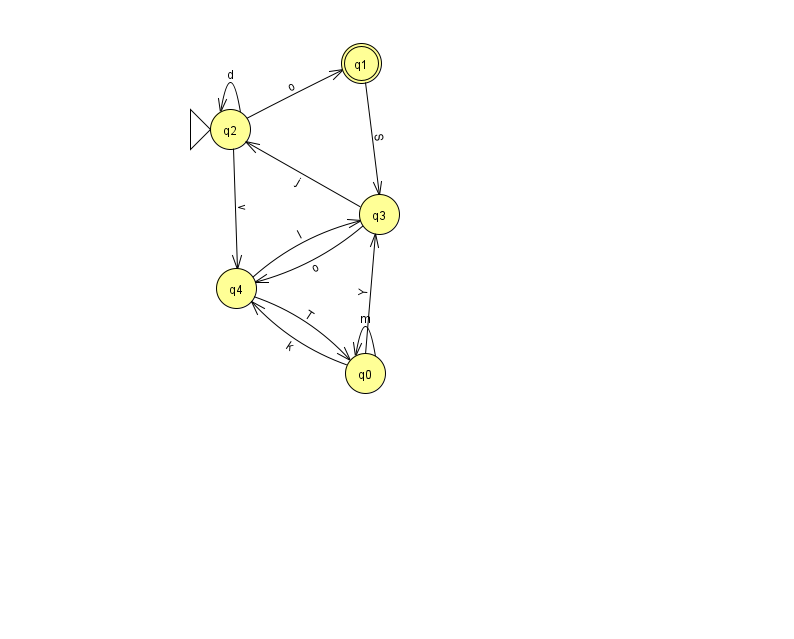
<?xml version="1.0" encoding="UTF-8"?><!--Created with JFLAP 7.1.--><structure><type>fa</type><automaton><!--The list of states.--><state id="0" name="q0"><x>365.0</x><y>360.0</y></state><state id="1" name="q1"><x>361.0</x><y>50.0</y><final/></state><state id="2" name="q2"><x>230.0</x><y>116.0</y><initial/></state><state id="3" name="q3"><x>379.0</x><y>201.0</y></state><state id="4" name="q4"><x>236.0</x><y>275.0</y></state><!--The list of transitions.--><transition><from>0</from><to>3</to><read>Y</read></transition><transition><from>0</from><to>4</to><read>k</read></transition><transition><from>2</from><to>2</to><read>d</read></transition><transition><from>3</from><to>2</to><read>j</read></transition><transition><from>1</from><to>3</to><read>S</read></transition><transition><from>2</from><to>1</to><read>o</read></transition><transition><from>4</from><to>3</to><read>I</read></transition><transition><from>2</from><to>4</to><read>v</read></transition><transition><from>4</from><to>0</to><read>T</read></transition><transition><from>0</from><to>0</to><read>m</read></transition><transition><from>3</from><to>4</to><read>o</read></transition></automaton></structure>